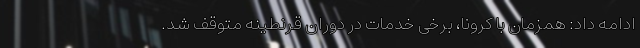
ادامه داد: همزمان با کرونا، برخی خدمات در دوران قرنطینه متوقف شد.